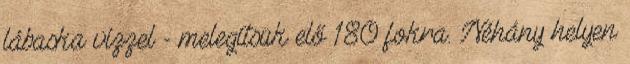
lábaska vízzel - melegítsük elő 180 fokra. Néhány helyen